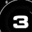
Digit: 3